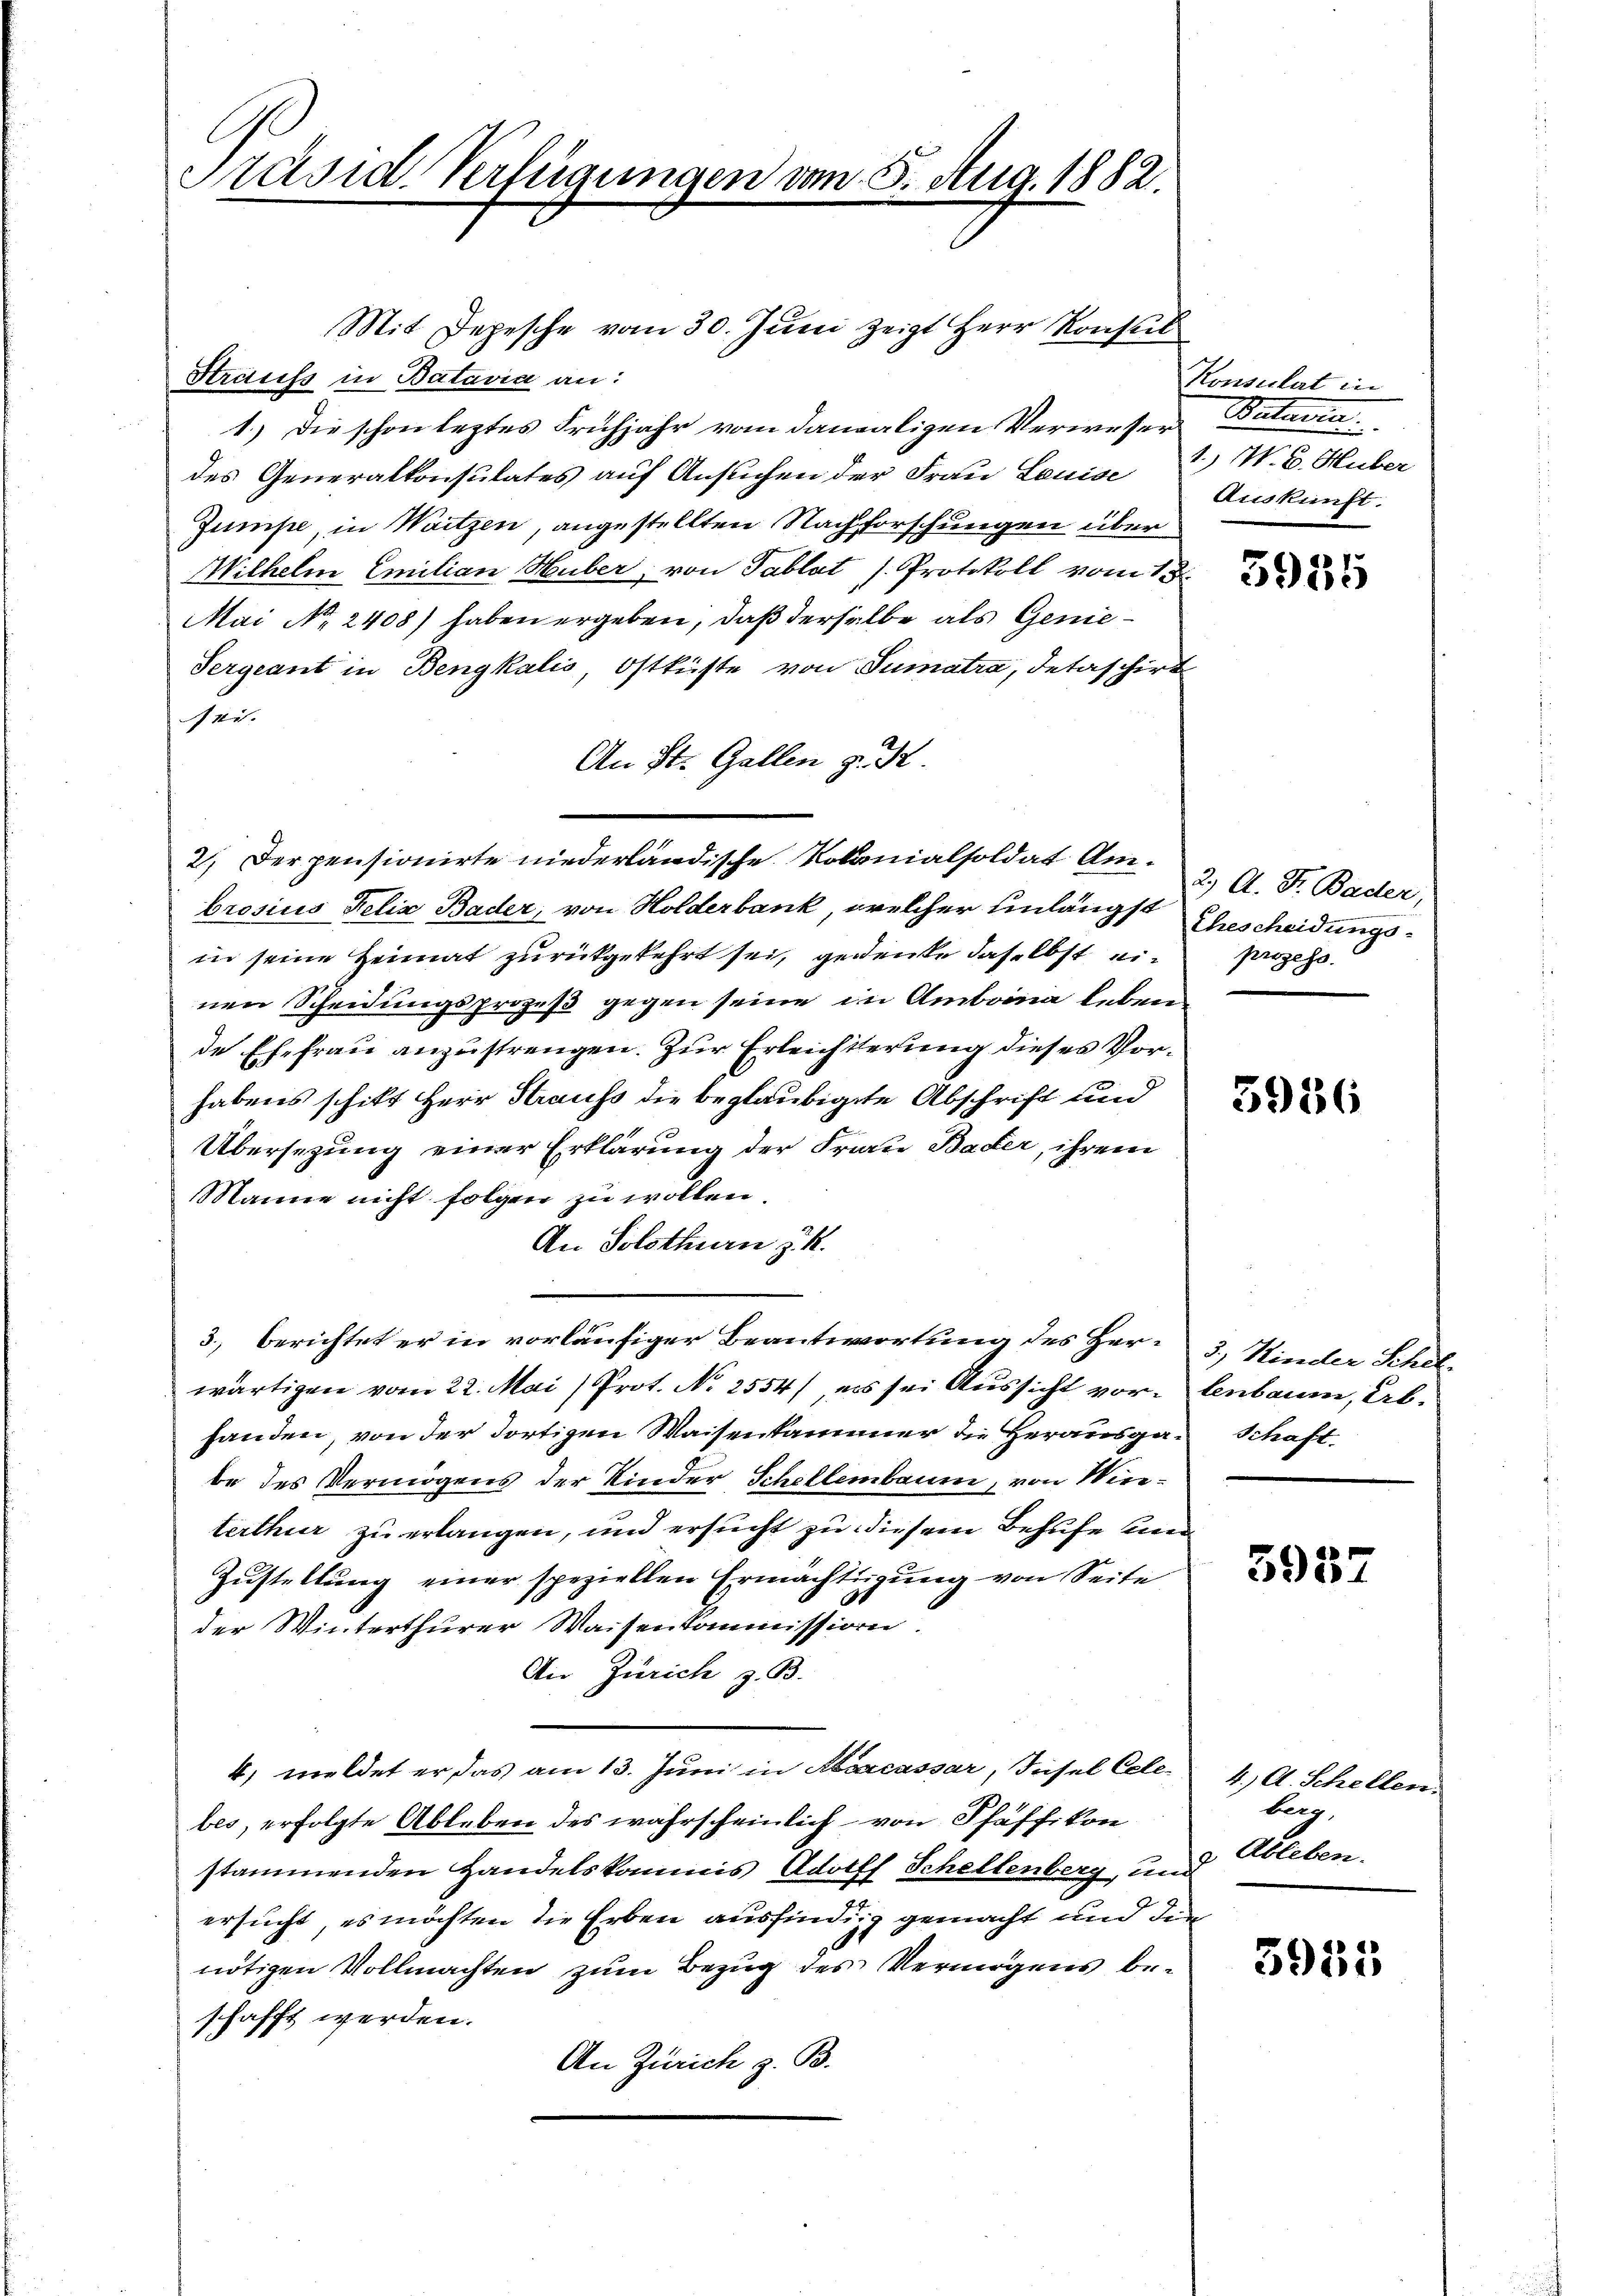
C
Präsid. Verfügungen vom 5. Aug. 1882.

Mit Depesche vom 30. Juni zeigt Herr Konseil
Sträuss in Batavia an:
1.) Die schon leztes Frühjahr vom damaligen Verweser Buturia.
des Generalkonsulates auf Ansuchen der Frau Louise
Zumpe, in Waitzen, angestellten Nachforschungen über
Wilhelm Emilian Huber, von Tablat J. Protokoll vom 15.
Mai No 2408) haben ergeben, daß derselbe als Genie¬
Sergeant in Bengkalis, Ostküste von Sumatra, Detaschirt
111.
An St. Gallen z. B.
2.) Der pensionirte niederländische Kolonialsoldat Ambrosius Felix Bader, von Holderbank, welcher hinlängst
in seine Heimat zurückgekehrt sei, gedenke daselbst ein
nen Scheidungsprozeß gegen seine in Amboina leben.
de Ehefrau anzustrengen. Zur Erleichterung dieses Vorhabens schikt Herr Strauss die beglaubigte Abschrift und
Übersezung einer Erklärung der Frau Bader, ihrem
Manne nicht folgen zu wollen
An Solothurn z. R.
3. berichtet er in vorläufiger Beantwortung des Herwärtigen vom 22. Mai (Prot. No 2554/ es sei Aussicht vorhanden, von der dortigen Waisenkammer die Herausga-Schaft-
be des Vermögens der Kinder Schellembaum, von Wieterthur zu erlangen, und ersucht zu diesem Behufe und
Zustellung einer speziellen Ermächtigung von Seite
der Winterthurer Waisenkommission.
An Zürich z. B.
4. meldet er, das am 13. Juni in Kassar, Insel Celebes, erfolgte Ableben des wahrscheinlich von Pfäffikon
stammenden Handelskommis Adolff Schellenberg, und
ersucht, es möchten die Erben ausfindig gemacht und die
nötigen Vollmachten zum Bezug des Vermögens beschafft werden.
An Zürich z. B.

Konsulat in
1., W. B. Huber
Auskunft.

3955

2 A. St. Bader,
Ehescheidungsprozess.

5956

5.) Kinder Schel-
lenbaum, Ab¬

5957

4.) A. Schellen.
burg,
Ableben.

5955